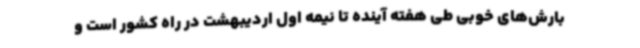
بارش‌های خوبی طی هفته آینده تا نیمه اول اردیبهشت در راه کشور است و